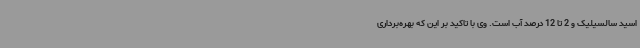
اسید سالسیلیک و 2 تا 12 درصد آب است. وی با تاکید بر این که بهره‌برداری